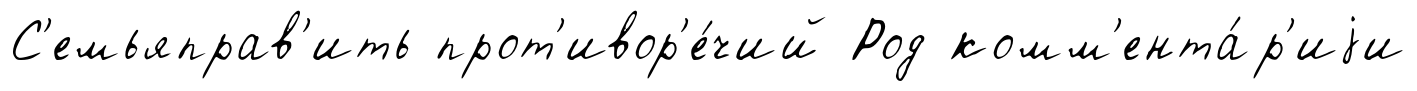
С'емьяправ'ить прот'ивор'е́чий Род комм'ента́р'иjи